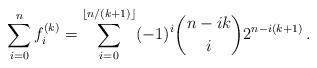
LaTeX: \begin{align*}\sum_{i=0}^{n}f_{i}^{(k)}= \sum_{i=0}^{\lfloor n/(k+1) \rfloor} (-1)^{i} \binom{n-ik}{i}2^{n-i(k+1)} \,.\end{align*}